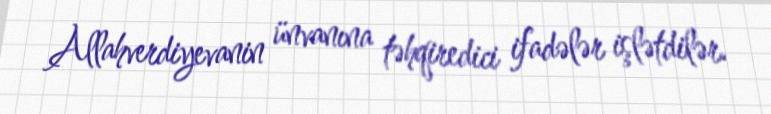
Allahverdiyevanin ünvanına təhqiredici ifadələr işlətdilər.